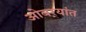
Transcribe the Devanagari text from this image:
ओवर्‍यांत